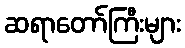
ဆရာတော်ကြီးများ